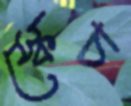
স্কেচ